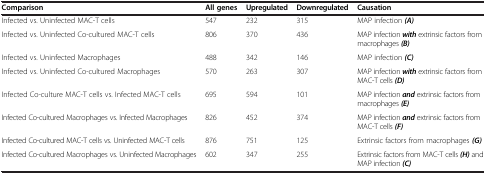
<table><thead><tr><td><b>Comparison</b></td><td><b>All genes</b></td><td><b>Upregulated</b></td><td><b>Downregulated</b></td><td><b>Causation</b></td></tr></thead><tbody><tr><td>Infected vs. Uninfected MAC-T cells</td><td>547</td><td>232</td><td>315</td><td>MAP infection <b><i>(A)</i></b></td></tr><tr><td>Infected vs. Uninfected Co-cultured MAC-T cells</td><td>806</td><td>370</td><td>436</td><td>MAP infection <b><i>with</i></b> extrinsic factors from macrophages <b><i>(B)</i></b></td></tr><tr><td>Infected vs. Uninfected Macrophages</td><td>488</td><td>342</td><td>146</td><td>MAP infection <b><i>(C)</i></b></td></tr><tr><td>Infected vs. Uninfected Co-cultured Macrophages</td><td>570</td><td>263</td><td>307</td><td>MAP infection <b><i>with</i></b> extrinsic factors from MAC-T cells <b><i>(D)</i></b></td></tr><tr><td>Infected Co-culture MAC-T cells vs. Infected MAC-T cells</td><td>695</td><td>594</td><td>101</td><td>MAP infection <b><i>and</i></b> extrinsic factors from macrophages <b><i>(E)</i></b></td></tr><tr><td>Infected Co-cultured Macrophages vs. Infected Macrophages</td><td>826</td><td>452</td><td>374</td><td>MAP infection <b><i>and</i></b> extrinsic factors from MAC-T cells <b><i>(F)</i></b></td></tr><tr><td>Infected Co-cultured MAC-T cells vs. Uninfected MAC-T cells</td><td>876</td><td>751</td><td>125</td><td>Extrinsic factors from macrophages <b><i>(G)</i></b></td></tr><tr><td>Infected Co-cultured Macrophages vs. Uninfected Macrophages</td><td>602</td><td>347</td><td>255</td><td>Extrinsic factors from MAC-T cells <b><i>(H)</i></b> and MAP infection <b><i>(C)</i></b></td></tr></tbody></table>